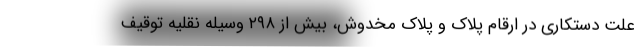
علت دستکاری در ارقام پلاک و پلاک مخدوش، بیش از ۲۹۸ وسیله نقلیه توقیف